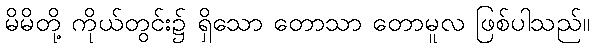
မိမိတို့ ကိုယ်တွင်း၌ ရှိသော တောသာ တောမူလ ဖြစ်ပါသည်။